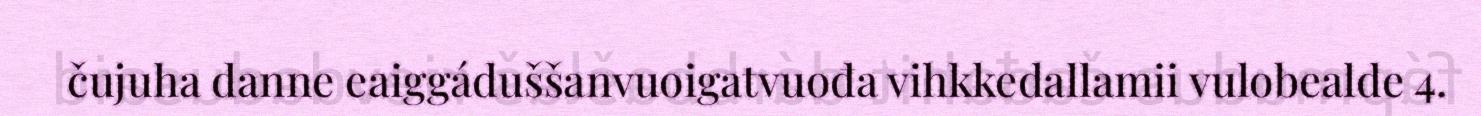
čujuha danne eaiggáduššanvuoigatvuođa vihkkedallamii vulobealde 4.